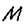
Character: M